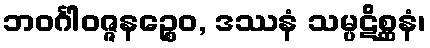
ဘဝင်္ဂါဝဇ္ဇနဉ္စေဝ, ဒဿနံ သမ္ပဋိစ္ဆနံ၊